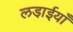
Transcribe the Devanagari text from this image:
लडा़ईयाँ